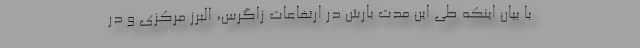
با بیان اینکه طی این مدت بارش در ارتفاعات زاگرس، البرز مرکزی و در